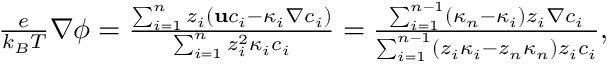
\begin{array} { r } { \frac { e } { k _ { B } T } \nabla \phi = \frac { \sum _ { i = 1 } ^ { n } z _ { i } \left( \mathbf { u } c _ { i } - \kappa _ { i } \nabla c _ { i } \right) } { \sum _ { i = 1 } ^ { n } z _ { i } ^ { 2 } \kappa _ { i } c _ { i } } = \frac { \sum _ { i = 1 } ^ { n - 1 } ( \kappa _ { n } - \kappa _ { i } ) z _ { i } \nabla c _ { i } } { \sum _ { i = 1 } ^ { n - 1 } ( z _ { i } \kappa _ { i } - z _ { n } \kappa _ { n } ) z _ { i } c _ { i } } , } \end{array}